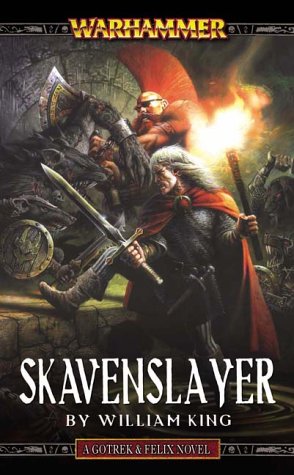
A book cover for Skavenslayer (Gotrek & Felix); William King; Science Fiction & Fantasy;